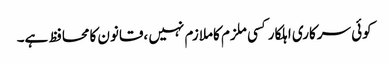
کوئی سرکاری اہلکارکسی ملزم کاملازم نہیں ،قانون کامحافظ ہے۔